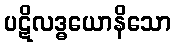
ပဋိလဒ္ဓယောနိသော